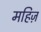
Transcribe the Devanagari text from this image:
महिज़